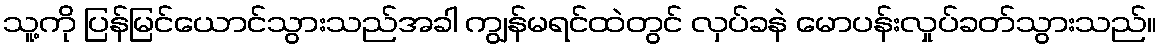
သူ့ကို ပြန်မြင်ယောင်သွားသည်အခါ ကျွန်မရင်ထဲတွင် လှပ်ခနဲ မောပန်းလှုပ်ခတ်သွားသည်။